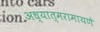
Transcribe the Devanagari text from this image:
अध्यात्मरामायणे